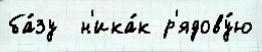
ба́зу  н'ика́к р'ядову́ю